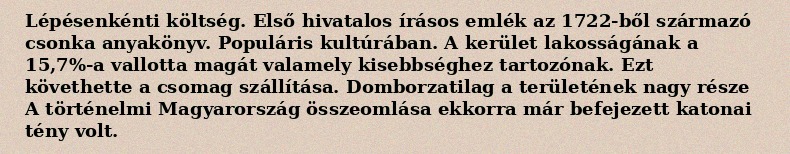
Lépésenkénti költség. Első hivatalos írásos emlék az 1722-ből származó csonka anyakönyv. Populáris kultúrában. A kerület lakosságának a 15,7%-a vallotta magát valamely kisebbséghez tartozónak. Ezt követhette a csomag szállítása. Domborzatilag a területének nagy része A történelmi Magyarország összeomlása ekkorra már befejezett katonai tény volt.